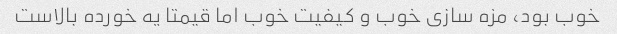
خوب بود، مزه سازی خوب و کیفیت خوب اما قیمتا یه خورده بالاست